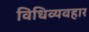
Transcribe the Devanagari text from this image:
विधिव्यवहार